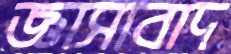
জ্ঞাসাবাদ